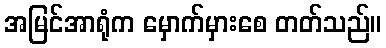
အမြင်အာရုံက မှောက်မှားစေ တတ်သည်။